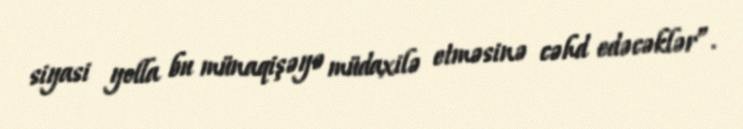
siyasi yolla bu münaqişəyə müdaxilə etməsinə cəhd edəcəklər”.